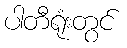
ပါတီရုံးတွင်